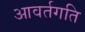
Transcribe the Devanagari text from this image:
आवर्तगति